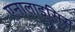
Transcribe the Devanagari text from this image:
एनालाइसिस